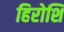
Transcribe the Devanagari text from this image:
हिरोशि